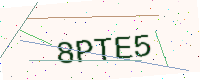
Text: 8PTE5